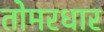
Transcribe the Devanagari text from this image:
तोमरधार